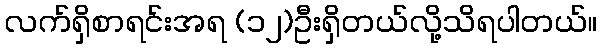
လက်ရှိစာရင်းအရ (၁၂)ဦးရှိတယ်လို့သိရပါတယ်။